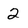
Character: 2